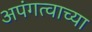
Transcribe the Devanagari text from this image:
अपंगत्वाच्या